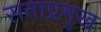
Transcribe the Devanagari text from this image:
सत्ताप्रमुख